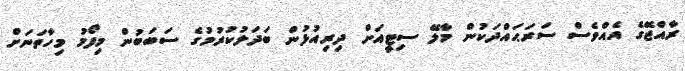
ރާއްޖޭގެ އެއްވެސް ސަރަޙައްދަކުން މާލޭ ސިޓީއަށް ދިރިއުޅުން ބަދަލުކުރުމުގެ ސަބަބުން މިފޯމު މިހާތަނަށް